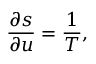
\frac { \partial s } { \partial u } = \frac { 1 } { T } ,